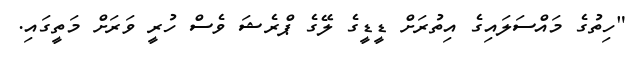
"ހިތުގެ މައްސަލައިގެ އިތުރަށް ޑީޑީގެ ލޭގެ ޕްރެޝަ ވެސް ހުރީ ވަރަށް މަތީގައި.